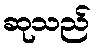
ဆုသည်